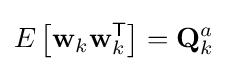
E\left[\mathbf {w} _{k}\mathbf {w} _{k}^{\textsf {T}}\right]=\mathbf {Q} _{k}^{a}